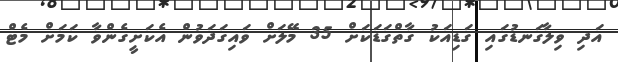
އަދި ވިލާގަނޑުގައި ގަޑިއަކު ގާތްގަޑަކަށް 35 މޭލަށް ވައިގަދަވުން އެކަށީގެންވާ ކަމަށް މެޓް